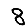
Digit: 8